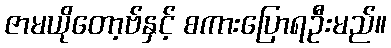
ဇာမယိုတော့ဗ်နှင့် စကားပြောရဦးမည်။